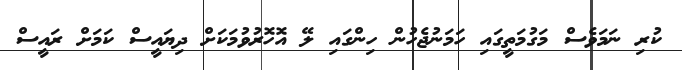
ކުރި ނަމަވެސް މަގުމަތީގައި ހަމަނުޖެހުން ހިންގައި ލޭ އޮހޮރުވުމަކަށް ދިޔައީސް ކަމަށް ރައީސް